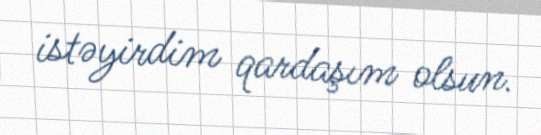
istəyirdim qardaşım olsun.